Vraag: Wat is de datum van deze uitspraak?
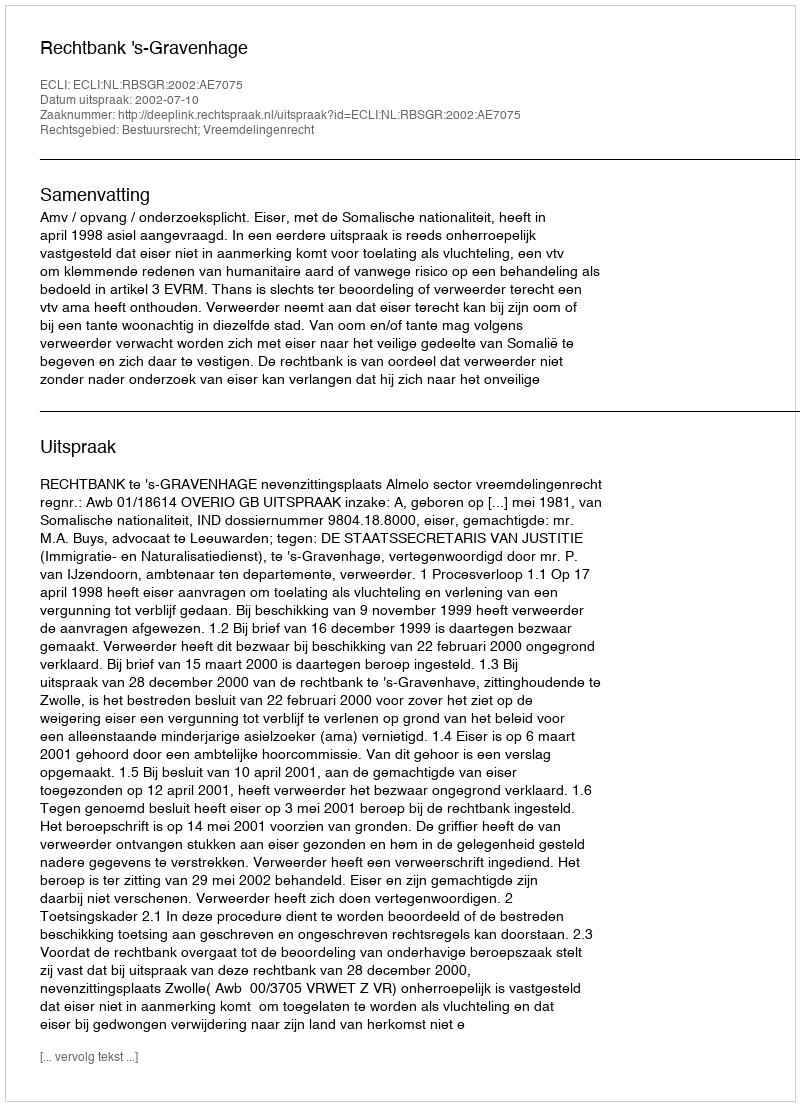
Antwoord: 2002-07-10